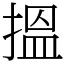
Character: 搵